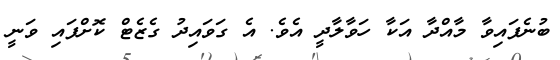
ބުނެފައިވާ މާއްދާ އަކާ ހަވާލާދީ އެވެ. އެ ގަވައިދު ގެޒެޓް ކޮށްފައި ވަނީ